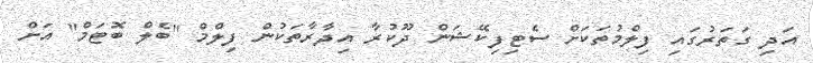
އަދި ގަތަރުގައި ފިލްމުތަކަށް ސެޓިފިކޭޝަން ދޫކުރާ އިދާރާތަކުން ފިލްމް "ބެލް ބޮޓަމް" އަށް